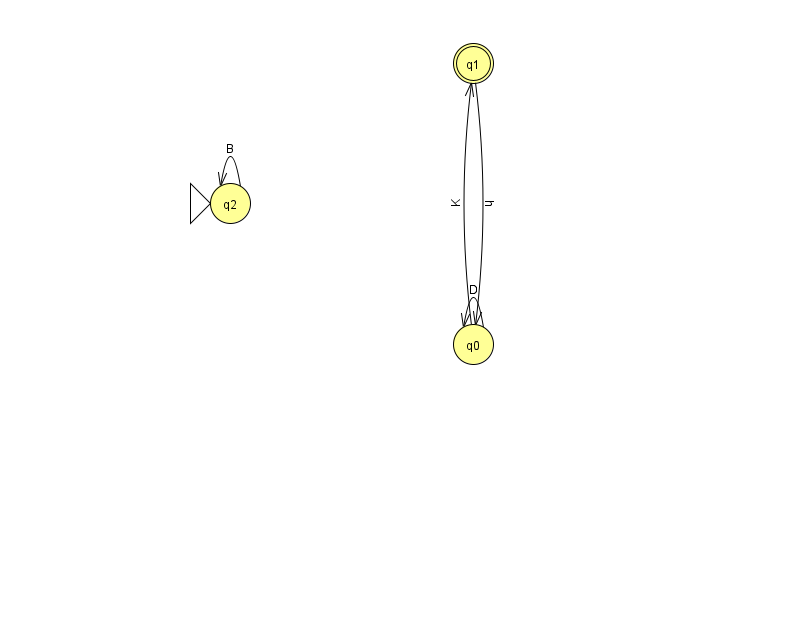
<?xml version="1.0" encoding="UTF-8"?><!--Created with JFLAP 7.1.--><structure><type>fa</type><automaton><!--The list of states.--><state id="0" name="q0"><x>473.0</x><y>331.0</y></state><state id="1" name="q1"><x>473.0</x><y>50.0</y><final/></state><state id="2" name="q2"><x>230.0</x><y>190.0</y><initial/></state><!--The list of transitions.--><transition><from>2</from><to>2</to><read>B</read></transition><transition><from>0</from><to>0</to><read>D</read></transition><transition><from>1</from><to>0</to><read>h</read></transition><transition><from>0</from><to>1</to><read>K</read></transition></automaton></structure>